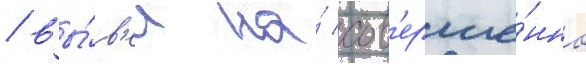
/ вы́в'ел на́ сов'ерше́нно